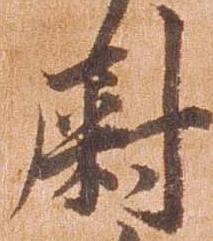
尉